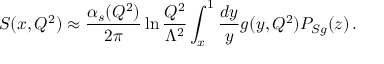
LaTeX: S ( x , Q ^ { 2 } ) \approx { \frac { \alpha _ { s } ( Q ^ { 2 } ) } { 2 \pi } } \ln { \frac { Q ^ { 2 } } { \Lambda ^ { 2 } } } \int _ { x } ^ { 1 } { \frac { d y } { y } } g ( y , Q ^ { 2 } ) P _ { S g } ( z ) \, .